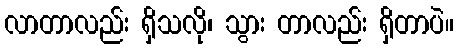
လာတာလည်း ရှိသလို၊ သွား တာလည်း ရှိတာပဲ။